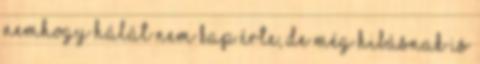
nemhogy hálát nem kap érte, de még hibásnak is